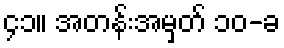
၄၁။ အတန်းအမှတ် ၁၀-ခ